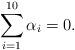
LaTeX: \begin{align*}\sum_{i=1}^{10}\alpha _{i}=0. \end{align*}